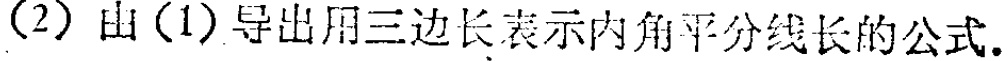
(2) 由(1)导出用三边长表示内角平分线长的公式.